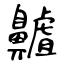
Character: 齇